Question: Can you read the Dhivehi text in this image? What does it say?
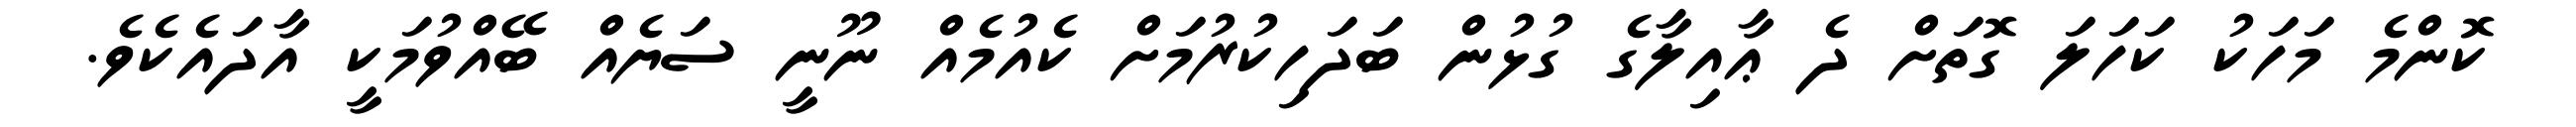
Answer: ކޮންމެ މަހަކު ކަހަލަ ގޮތަށް ދެ ޢާއިލާގެ ގުޅުން ބަދަހިކުރުމަށް ކެއުމެއް ނޫނީ ސަޔެއް ބޭއްވުމަކީ އާދައެކެވެ.